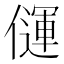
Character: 𰂳